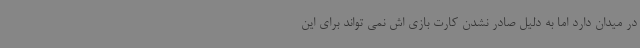
در میدان دارد اما به دلیل صادر نشدن کارت بازی اش نمی تواند برای این